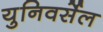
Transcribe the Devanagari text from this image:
युनिवर्सेल